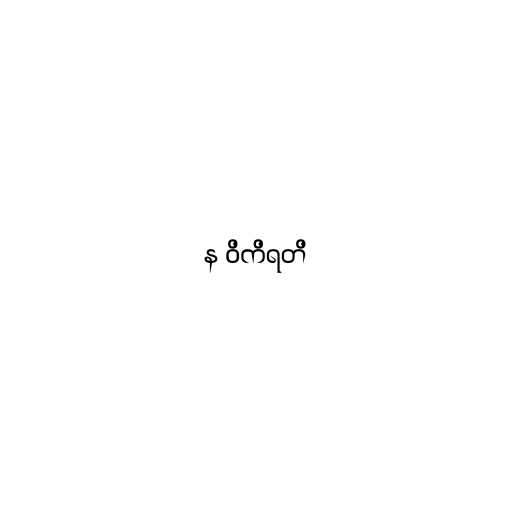
န ဝိကိရတိ